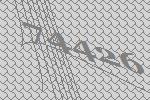
74426